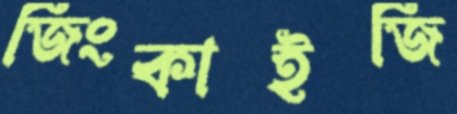
জিংকাইজি